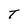
Character: T